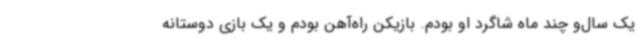
یک سال‌و چند ماه شاگرد او بودم. بازیکن راه‌آهن بودم و یک بازی دوستانه